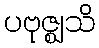
ပဗုဇ္ဈသိ